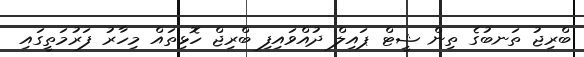
ބްރިޖު ތަނބުގެ ތިން ޝީޓް ޕައިލް ދުއްވައިފި ބްރިޖް ހޮޅިތައް މިހާރު ފަރުމަތީގައި